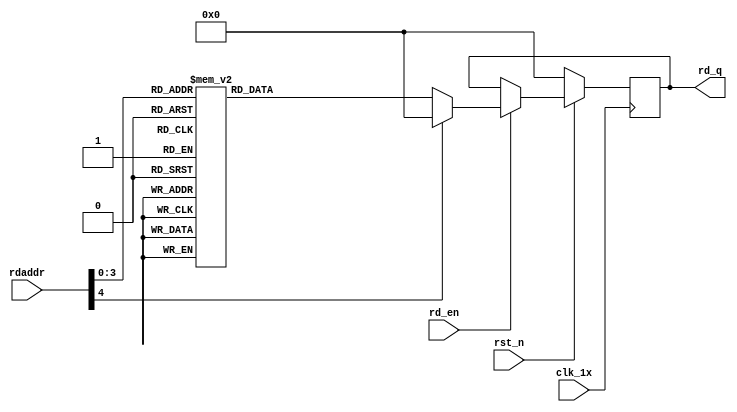

`timescale 1ns / 1ps
module F_normal_t8_next_Rom6(
input	          							clk_1x,
input	          							rst_n,
//////////////////////////////////////////////////////////////
input										rd_en,
input				[4:0]				rdaddr,
output		reg			[127:0]				rd_q
);

always @(posedge clk_1x)begin
	if(~rst_n)begin
		rd_q <= 128'b0;
	end
	else if(rd_en == 1'b1)begin
		case(rdaddr)
			5'h0f: rd_q <= 128'b10001000000111011110110100000100010100001111101001110111010011001010111010010000110010000111100000000010101101010011101110101010;
			5'h0e: rd_q <= 128'b10110000110010100011111011010011011101011110110001100001001001000100011010011010101111111101101100101011101101001111100010011100;
			5'h0d: rd_q <= 128'b10101111100011001001010001100001001100001101000011011001110000111001111011010111011000011000101100011011111101101101000111011001;
			5'h0c: rd_q <= 128'b00111001010110001000111110010000000000010010101101010000101110010101011001000001111000111100001111000111111011011100100100011100;
			5'h0b: rd_q <= 128'b01111011011000111001100111110000110111010001001000100001011010101011111000101110010111100101100111111001101111100110100011010000;
			5'h0a: rd_q <= 128'b10100100101000100110000011001101000111001110011011110101100001101001111000011110000001000000011000000001010110111011001001001011;
			5'h09: rd_q <= 128'b01111111101001000000000010100100010001101001110111101001101100100001011110000101001110101100000101101101101100100010001111101010;
			5'h08: rd_q <= 128'b11011010000011101100100010101110100000101010000100011001011101101110011011010111010110000110111011101111100010011000111110011000;
			5'h07: rd_q <= 128'b00010111000100001011010011011110101100011011111100000101000100111110101010000101011101011000000101011110000100010101101110001011;
			5'h06: rd_q <= 128'b11000001010000100110001011000000101011001101110110010000000101100110000111101100101101110111100101101101000110111111100100100111;
			5'h05: rd_q <= 128'b01000001001111010001101001100101011011110001111010001111001101001110011000110001011000000011110100110100000010000011001010101101;
			5'h04: rd_q <= 128'b11000100111001101110000111101011100100001100110001011000100111101110000111111000111010111101101010011101010011100101010011001111;
			5'h03: rd_q <= 128'b00010011010101000011111101001100001100100011111101101101001011111001010011100001011000010100110110111011101010010110000100010001;
			5'h02: rd_q <= 128'b01011110100100010111000101011001011100011001100111000011001110000110111101100001101110011100110010010011101101011010100010110011;
			5'h01: rd_q <= 128'b00110111101111100110000111111011101100010011101110100010101001000100010010011001011011001100000101010100001001010101011111100110;
			5'h00: rd_q <= 128'b10111011100100001100000001010100100001011001001101110010111101001110000001000001011001110001001100001010100111010000000111110010;
		default:rd_q <= 128'b0;
		endcase
	end
end

endmodule